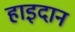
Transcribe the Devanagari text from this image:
हाइदान